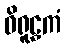
ဝိရူဠှကံ